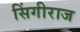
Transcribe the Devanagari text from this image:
सिंगीराज